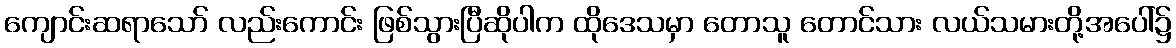
ကျောင်းဆရာသော် လည်းကောင်း ဖြစ်သွားပြီဆိုပါက ထိုဒေသမှာ တောသူ တောင်သား လယ်သမားတို့အပေါ်၌